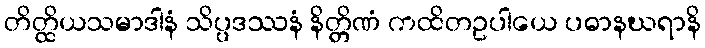
တိတ္ထိယသမာဒါနံ သိပ္ပဒဿနံ နိတ္တိဏံ ကထိတဥပါယေ ပဓာနဃရာနိ